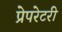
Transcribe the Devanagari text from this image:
प्रेपरेटरी